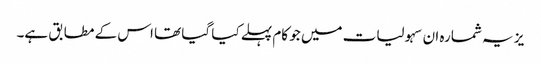
یز یہ شمارہ ان سہولیات میں جو کام پہلے کیا گیا تھا اس کے مطابق ہے۔